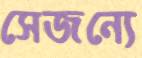
সেজন্যে